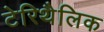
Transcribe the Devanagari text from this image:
टेरिथैलिक